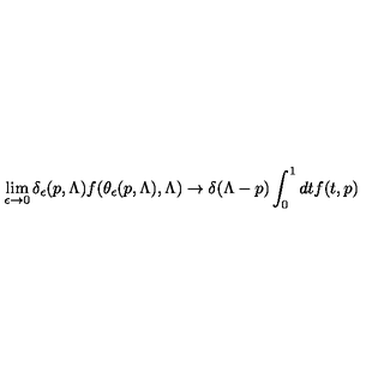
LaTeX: \lim _ { \epsilon \rightarrow 0 } \delta _ { \epsilon } ( p , \Lambda ) f ( \theta _ { \epsilon } ( p , \Lambda ) , \Lambda ) \rightarrow \delta ( \Lambda - p ) \int _ { 0 } ^ { 1 } d t f ( t , p )